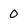
Character: 0